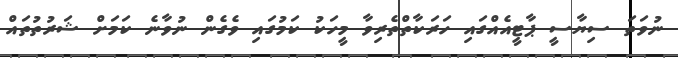
ނުވަތަ ސިޔާސީ ޕާޓީއެއްގައި ހަރަކާތްތެރިވާ މީހަކު ކަމުގައި ވެގެން ނުވާނެ ކަމަށް ޝަރުތުތައް